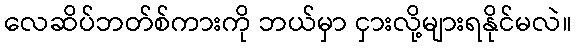
လေဆိပ်ဘတ်စ်ကားကို ဘယ်မှာ ငှားလို့များရနိုင်မလဲ။